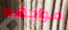
مواجهه